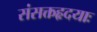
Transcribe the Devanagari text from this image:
संसक्तहृदयाः